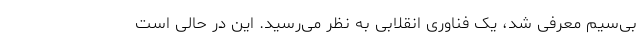
بی‌سیم معرفی شد، یک فناوری انقلابی به نظر می‌رسید. این در حالی است